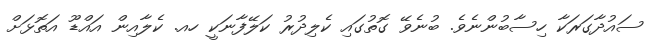
ސައުދާގަރަކާ ހިސާބުންނެވެ. ބުނެވޭ ގޮތުގައި ކެލިދުރު ކަލޭފާނަކީ ހއ. ކެލާއިން އައްޑޫ އަތޮޅަށް